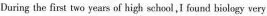
During the first two years pf high sehool,I found biology very